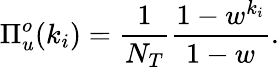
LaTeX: \Pi_{u}^{o}(k_{i})=\frac{1}{N_{T}}\frac{1-w^{k_{i}}}{1-w}.